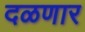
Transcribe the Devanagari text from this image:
दळणार